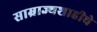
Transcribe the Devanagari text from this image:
साम्राज्यशाहीचे